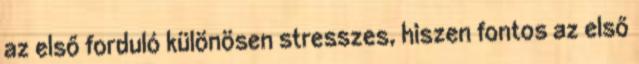
az első forduló különösen stresszes, hiszen fontos az első